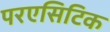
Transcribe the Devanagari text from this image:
परएसिटिक